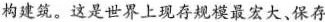
构建筑。这是世界上现存规模最宏大、保存